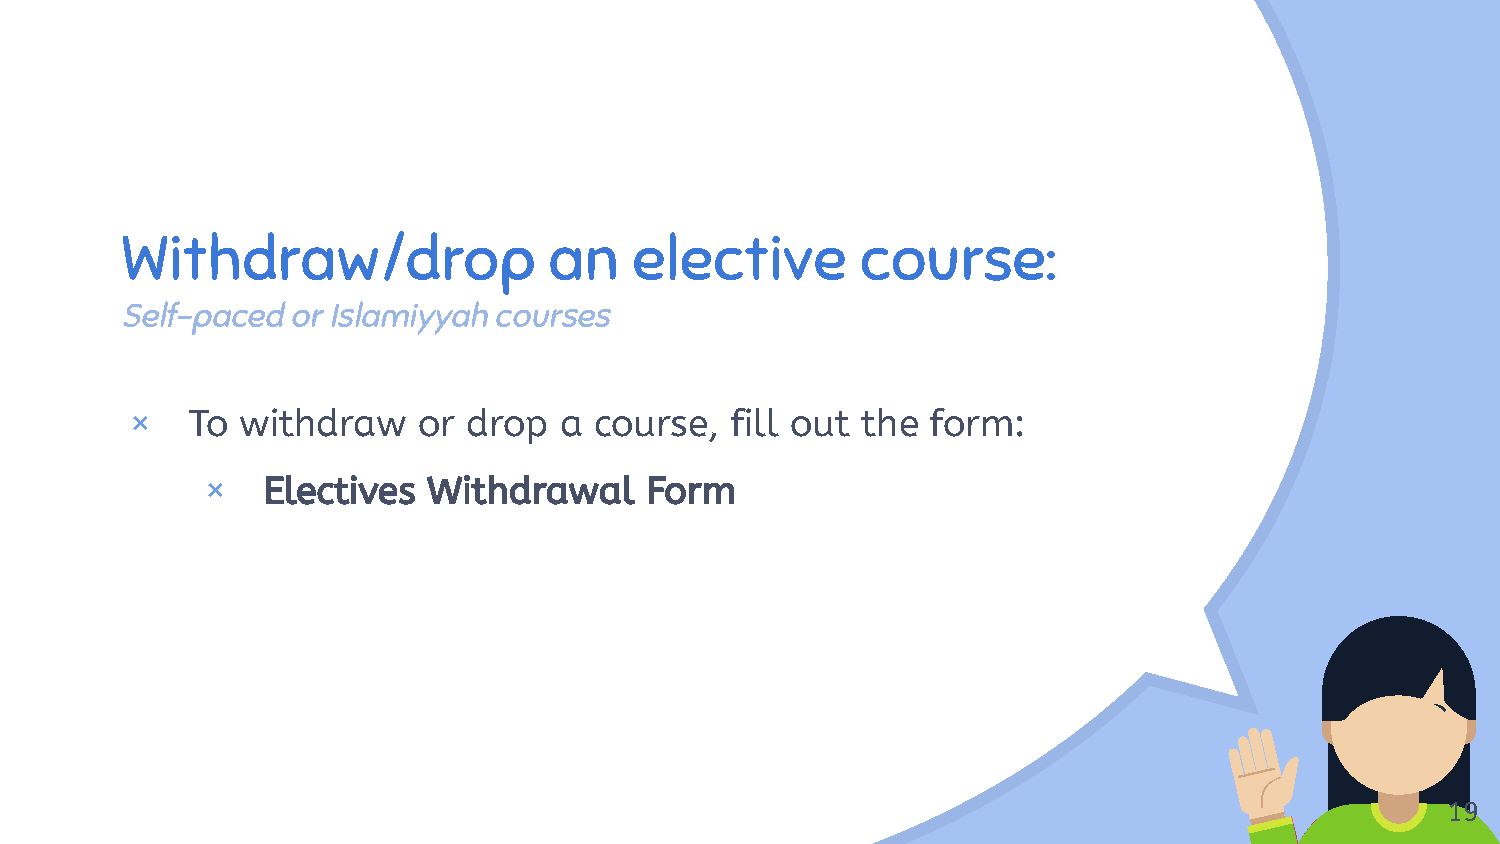
“
 Withdraw/drop               an    elective       course:
 Self-paced or Islamiyyah courses
 ×  To  withdraw    or drop  a course,  fill out the  form:
 ×   Electives  Withdrawal     Form
 19